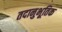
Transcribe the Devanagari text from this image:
तदानुभूतिक